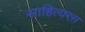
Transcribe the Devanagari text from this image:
साहित्यरस